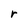
Character: r